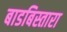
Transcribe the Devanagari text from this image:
बाडबिस्तारा